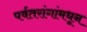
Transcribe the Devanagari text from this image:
पर्वतरांगांमधून